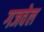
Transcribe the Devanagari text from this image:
गजवेल